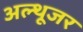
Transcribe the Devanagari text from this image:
अल्थूजर